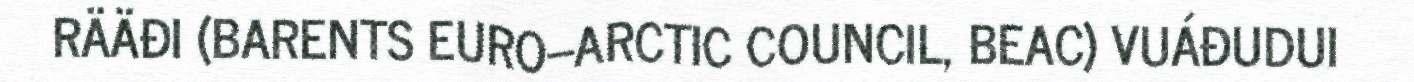
RÄÄĐI (BARENTS EURO–ARCTIC COUNCIL, BEAC) VUÁĐUDUI